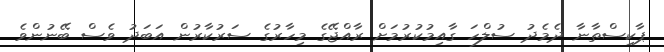
ޕާކިސްތާނާ ދެމެދު ސުލްހަ ގާއިމުކުރުމަށް ރާއްޖޭގެ މިހާރުގެ ސަރުކާރުން އަބަދު ވެސް ބޭނުންވެ